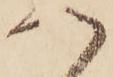
つ